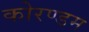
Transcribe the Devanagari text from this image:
कोरण्डम